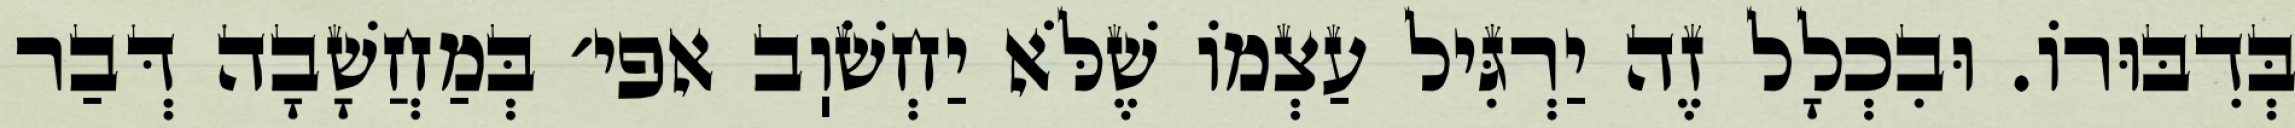
בְּדִבּוּרוֹ. וּבִכְלָל זֶה יַרְגִּיל עַצְמוֹ שֶׁלֹּא יַחְשֹׁוֽב אפי׳ בְּמַחֲשָׁבָה דְּבַר